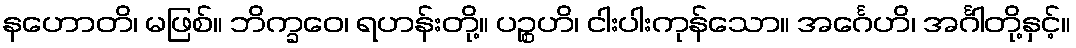
နဟောတိ၊ မဖြစ်။ ဘိက္ခဝေ၊ ရဟန်းတို့။ ပဉ္စဟိ၊ ငါးပါးကုန်သော။ အင်္ဂေဟိ၊ အင်္ဂါတို့နှင့်။